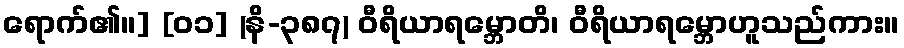
ရောက်၏။] [၀၁] (နိ-၃၈၇) ဝီရိယာရမ္ဘောတိ၊ ဝီရိယာရမ္ဘောဟူသည်ကား။